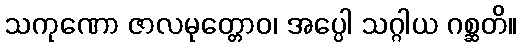
သကုဏော ဇာလမုတ္တောဝ၊ အပ္ပေါ သဂ္ဂါယ ဂစ္ဆတိ။